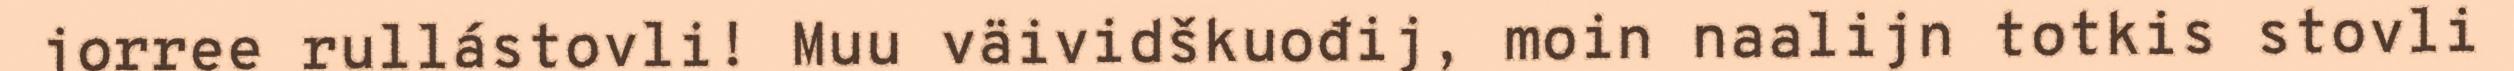
jorree rullástovli! Muu väividškuođij, moin naalijn totkis stovli